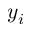
y _ { i }